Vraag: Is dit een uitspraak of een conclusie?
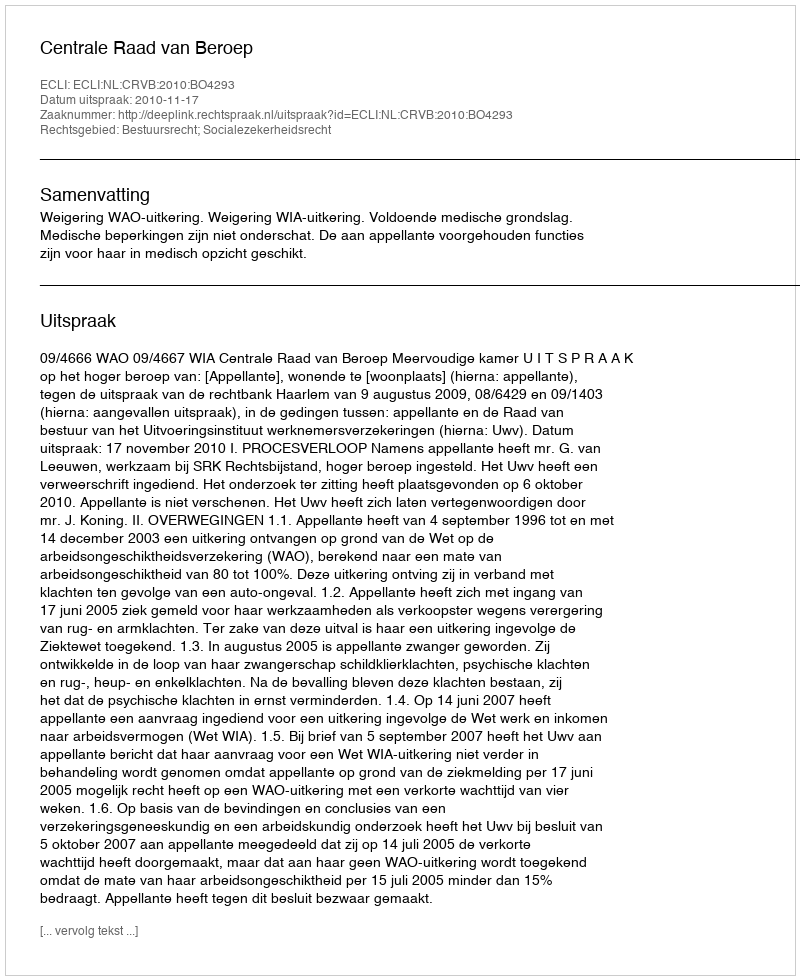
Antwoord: Uitspraak